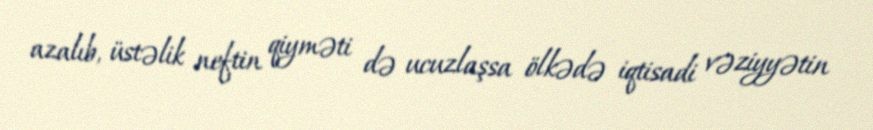
azalıb, üstəlik neftin qiyməti də ucuzlaşsa ölkədə iqtisadi vəziyyətin